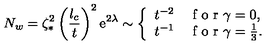
N _ { w } = \zeta _ { \ast } ^ { 2 } \left( \frac { l _ { c } } { t } \right) ^ { 2 } \mathrm { e } ^ { 2 \lambda } \sim \left\{ \begin{array} { l l } { t ^ { - 2 } } & { \textrm { f o r } \gamma = 0 , } \\ { t ^ { - 1 } } & { \textrm { f o r } \gamma = \frac { 1 } { 3 } . } \\ \end{array} \right.